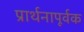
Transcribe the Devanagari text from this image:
प्रार्थनापूर्वक